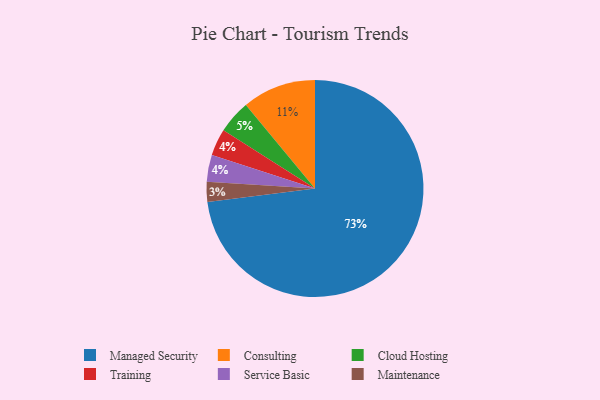
{"axis": {"x": "Category", "y": "Percentage"}, "legend": ["Cloud Hosting", "Consulting", "Maintenance", "Managed Security", "Service Basic", "Training"], "data": [{"x": "Cloud Hosting", "y": 5, "type": "Cloud Hosting"}, {"x": "Training", "y": 4, "type": "Training"}, {"x": "Managed Security", "y": 73, "type": "Managed Security"}, {"x": "Service Basic", "y": 4, "type": "Service Basic"}, {"x": "Maintenance", "y": 3, "type": "Maintenance"}, {"x": "Consulting", "y": 11, "type": "Consulting"}]}